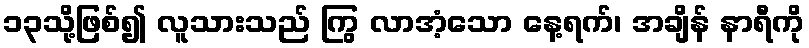
၁၃သို့ဖြစ်၍ လူသားသည် ကြွ လာအံ့သော နေ့ရက်၊ အချိန် နာရီကို